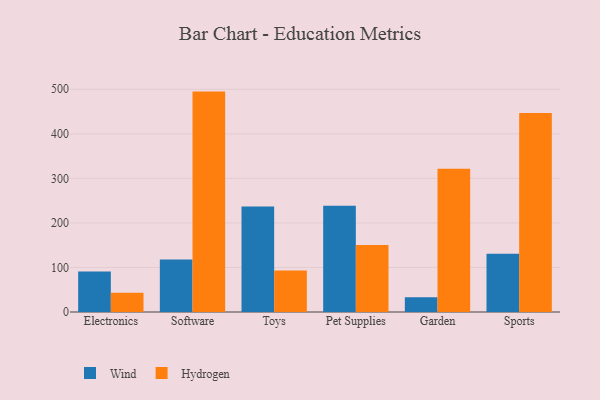
{"axis": {"x": "Category", "y": "Shipments"}, "legend": ["Hydrogen", "Wind"], "data": [{"x": "Electronics", "y": 91.2, "type": "Wind"}, {"x": "Electronics", "y": 43.1, "type": "Hydrogen"}, {"x": "Software", "y": 117.7, "type": "Wind"}, {"x": "Software", "y": 494.8, "type": "Hydrogen"}, {"x": "Toys", "y": 237.1, "type": "Wind"}, {"x": "Toys", "y": 93.3, "type": "Hydrogen"}, {"x": "Pet Supplies", "y": 238.3, "type": "Wind"}, {"x": "Pet Supplies", "y": 150.5, "type": "Hydrogen"}, {"x": "Garden", "y": 33.3, "type": "Wind"}, {"x": "Garden", "y": 321.8, "type": "Hydrogen"}, {"x": "Sports", "y": 130.7, "type": "Wind"}, {"x": "Sports", "y": 446.8, "type": "Hydrogen"}]}